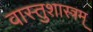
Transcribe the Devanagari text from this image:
वास्तुशास्त्रम्‌